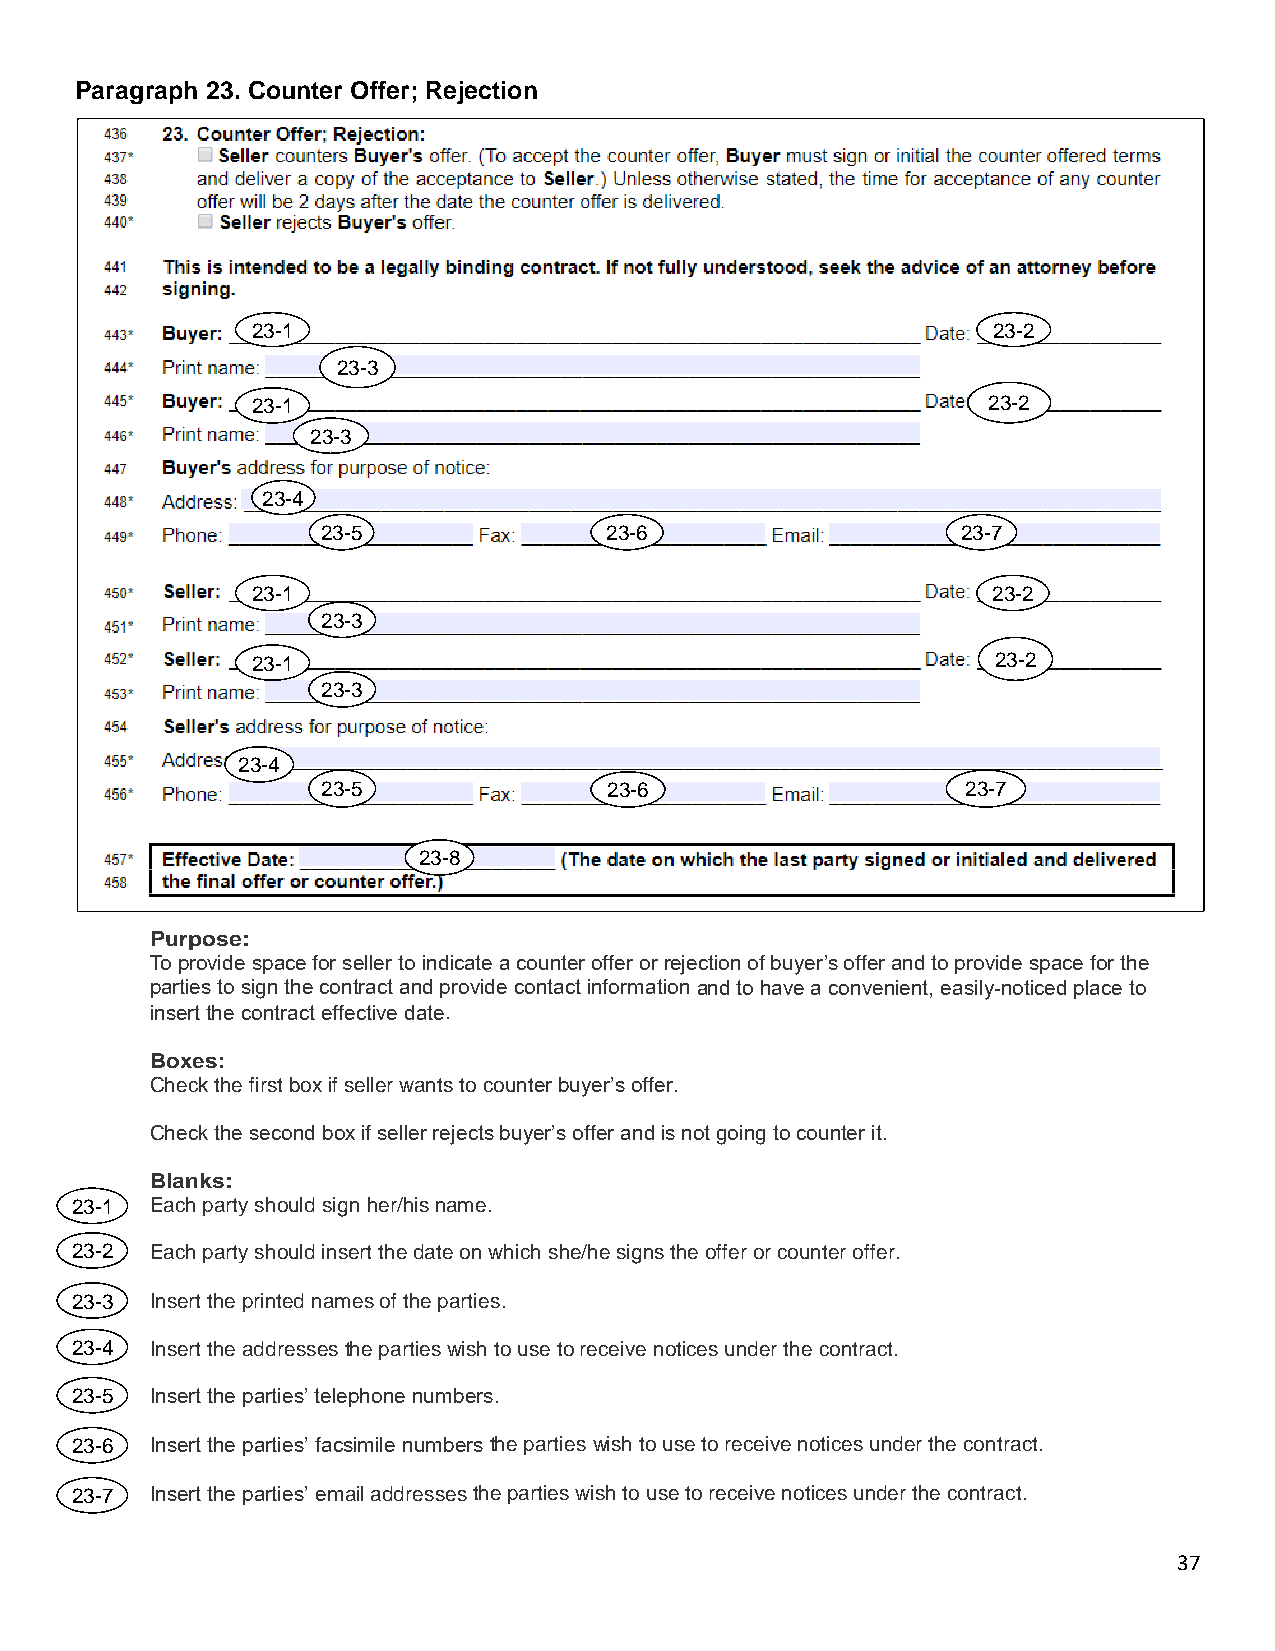
Paragraph 23. Counter Offer; Rejection
 23-1                                             23-2
 23-3
 23-1                                            23-2
 23-3
 23-4
 23-5               23-6                    23-7
 23-1                                             23-2
 23-3
 23-1                                             23-2
 23-3
 23-4
 23-5               23-6                    23-7
 23-8
 Purpose:
 To provide space for seller to indicate a counter offer or rejection of buyer’s offer and to provide space for the
 parties to sign the contract and provide contact information and to have a convenient, easily-noticed place to
 insert the contract effective date.
 Boxes:
 Check the first box if seller wants to counter buyer’s offer.
 Check the second box if seller rejects buyer’s offer and is not going to counter it.
 Blanks:
 23-1 Each party should sign her/his name.
 23-2 Each party should insert the date on which she/he signs the offer or counter offer.
 23-3 Insert the printed names of the parties.
 23-4 Insert the addresses the parties wish to use to receive notices under the contract.
 23-5 Insert the parties’ telephone numbers.
 23-6 Insert the parties’ facsimile numbers the parties wish to use to receive notices under the contract.
 23-7 Insert the parties’ email addresses the parties wish to use to receive notices under the contract.
 37